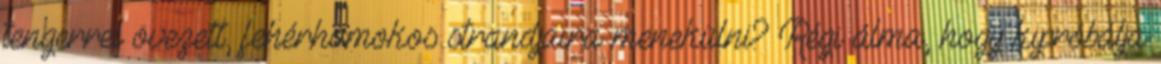
tengerrel övezett, fehérhomokos strandjaira menekülni? Régi álma, hogy kipróbálja